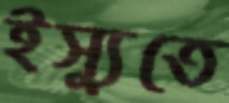
ইস্যুতে